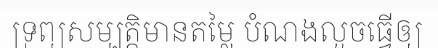
ទ្រព្យសម្បត្តិមានតម្លៃ បំណងលួចធ្វើឲ្យ